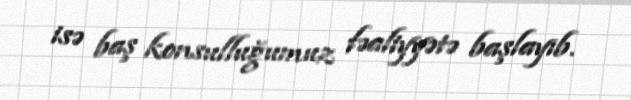
isə baş konsulluğumuz fəaliyyətə başlayıb.